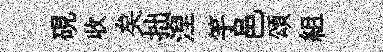
硯收矣拙湼竽邑頌組